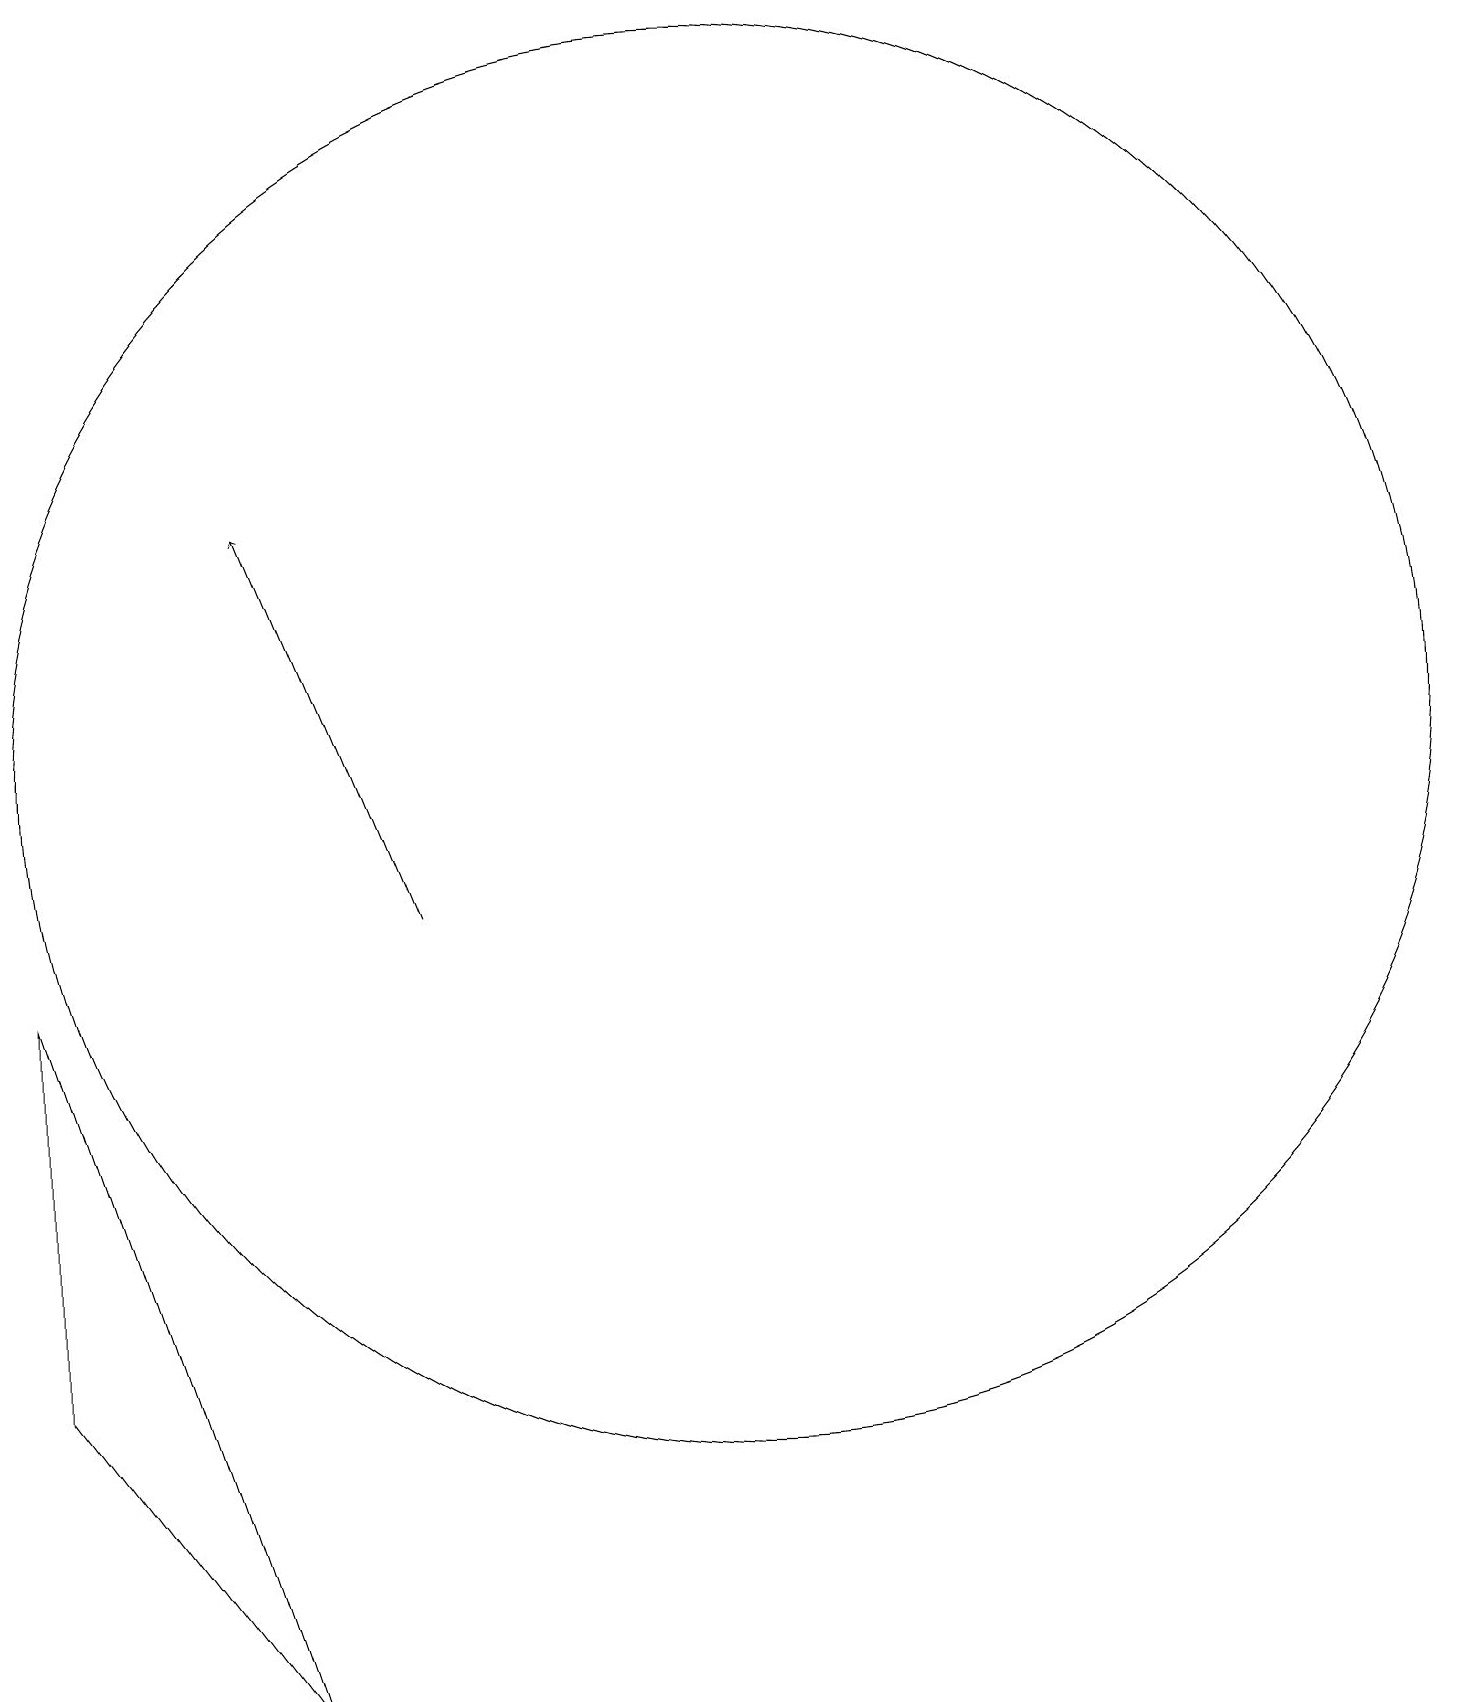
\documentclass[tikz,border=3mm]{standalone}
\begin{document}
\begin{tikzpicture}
\draw (10,12) circle (9);
\draw[->] (6,10) -- (4,15);
\draw (4,0) -- (1,4) -- (1,9) -- cycle;
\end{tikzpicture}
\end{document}